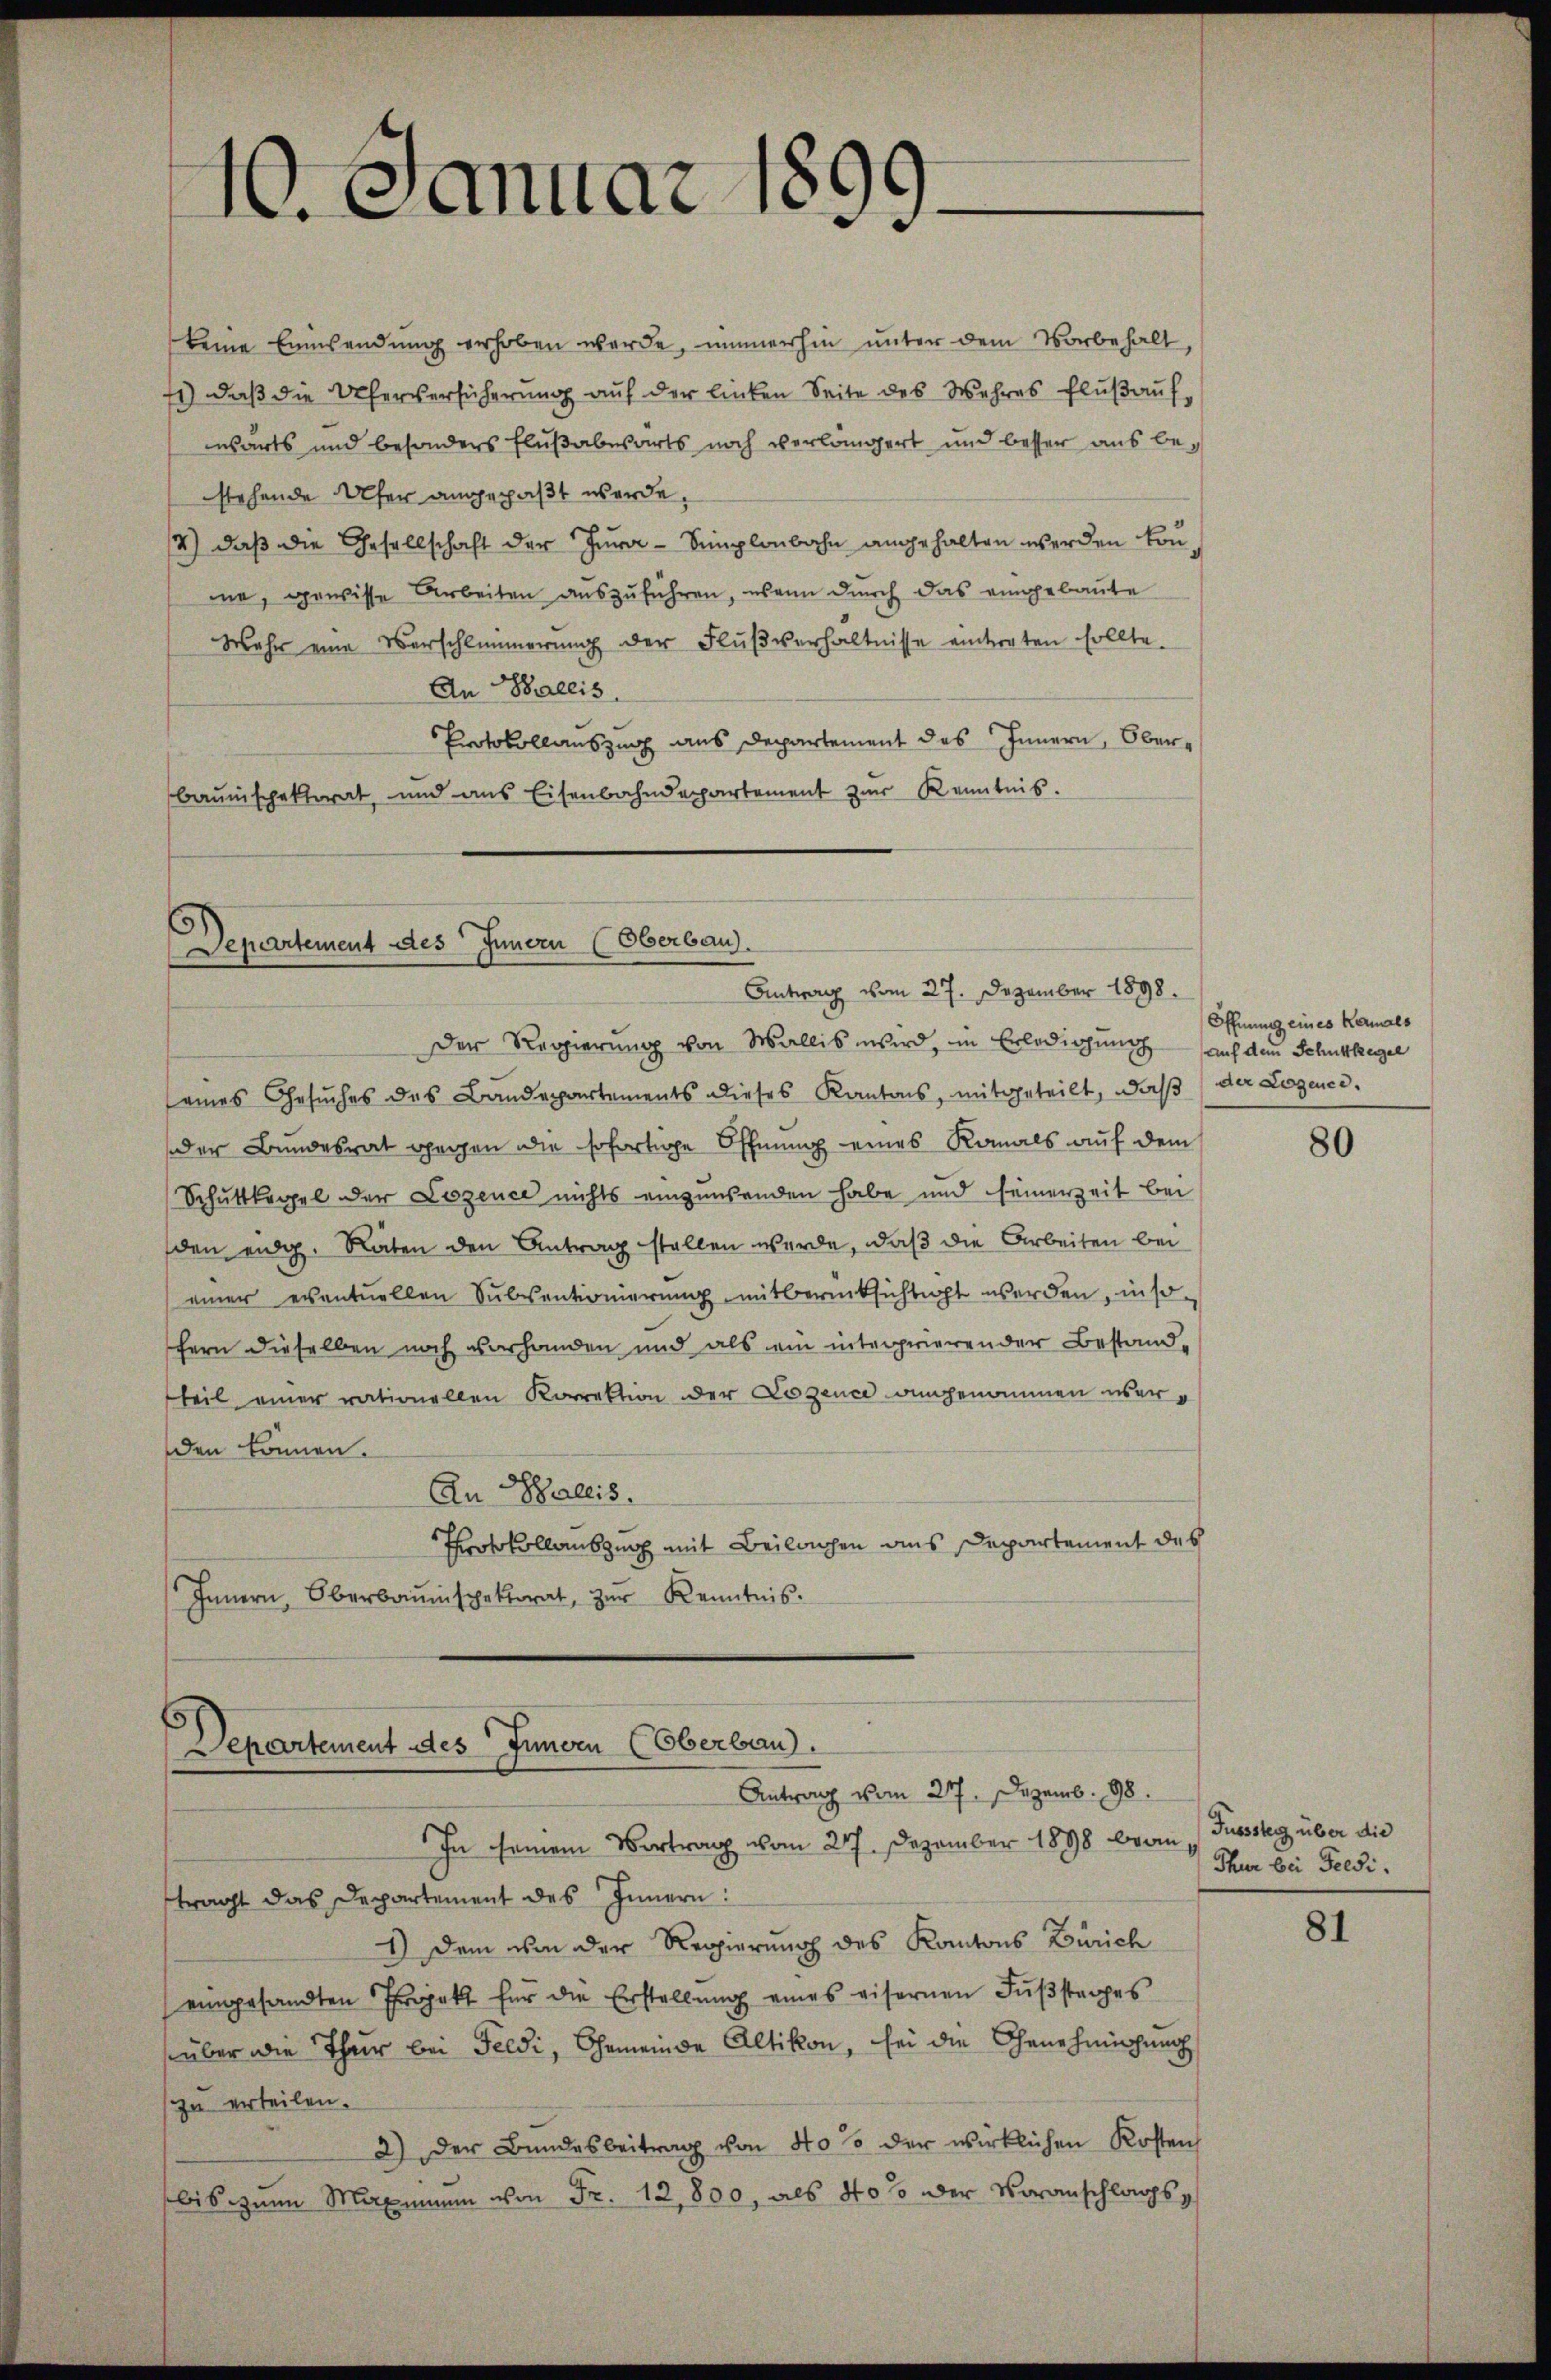
10. Januar 1899.

keine Einwendung erhoben werde, immerhin unter dem Vorbehalt,
71) daß die Uferversicherung auf der linken Seite des Wahres Fluß auf,
wärts und besonders Flußabwärts noch verlängert und besser aus bestehende Ufer angepaßt werde.
12) daß die Gesellschaft der Jura - Simplonbahn angehalten werden könme, gewisse Arbeiten auszuführen, wenn durch das eingebaute
Mehr eine Verschlimmerung der Flußverhältnisse eintreten sollte.
An Wallis.
Protokollauszug aus Departement des Innern, Oberbaunischektorat, und aus Eisenbahndepartement zur Kenntnis.

Departement des Innern (Oberbau.
Antrag vom 27. Dezember 1898.

Departement des Innern (Oberbau
Antrag vom 217. Dezemb. 98.

Der Regierŭng von Wallis wird, in Erledigŭng auf den Schuttkegel
seines Gesuches des Bandepartements dieses Kantons, mitgeteilt, daß der Logener.
der Bundesrat gegen die sofortige Öffnung eines Kanals auf dem
Schuttkegel der Lozence nichts einzusenden habe und seinerzeit bei
den eidg. Räten den Antrag stellen werde, daß die Arbeiten bei
einer eventuellen Subventionierung mitberücksichtigt werden, insofern dieselben noch vorhanden und als ein interrierender Bestandteil einer rationellen Korrektion der Logence angenommen werden können.
An Wallis.
Protokollauszug mit Beilagen aus Departement des
Innern, Oberbauinspektorat, zŭr Kenntnis.

In seinem Vortrag vom 20. Dezember 1898 beanftragt das Departement des Innern:
1) Dem von der Regierung des Kantons Zürich
eingesandten Projekt für die Erstellŭng eines eisernen Fŭβstages
süber die Thur bei Feldi, Gemeinde Altikon, bei die Genehmigung
zu erteilen.
2) Der Bundesbeitrag von No 10 der wirklichen Kosten
bis zum Maximum von Fr. 12,800, als 40% der Voranschlags¬

Öffnung eines Kanals

80

Fusssteg über die
Thur bei Feldi.

81